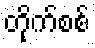
တိုက်စစ်